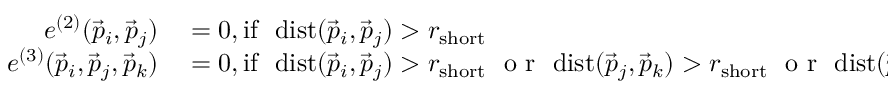
\begin{array} { r l } { e ^ { ( 2 ) } ( \vec { p } _ { i } , \vec { p } _ { j } ) } & { { } = 0 , \mathrm { i f } \ \ \mathrm { d i s t } ( \vec { p } _ { i } , \vec { p } _ { j } ) > r _ { \mathrm { s h o r t } } } \\ { e ^ { ( 3 ) } ( \vec { p } _ { i } , \vec { p } _ { j } , \vec { p } _ { k } ) } & { { } = 0 , \mathrm { i f } \ \ \mathrm { d i s t } ( \vec { p } _ { i } , \vec { p } _ { j } ) > r _ { \mathrm { s h o r t } } \ \mathrm { ~ o ~ r ~ } \ \mathrm { d i s t } ( \vec { p } _ { j } , \vec { p } _ { k } ) > r _ { \mathrm { s h o r t } } \ \mathrm { ~ o ~ r ~ } \ \mathrm { d i s t } ( \vec { p } _ { k } , \vec { p } _ { i } ) > r _ { \mathrm { s h o r t } } , } \end{array}